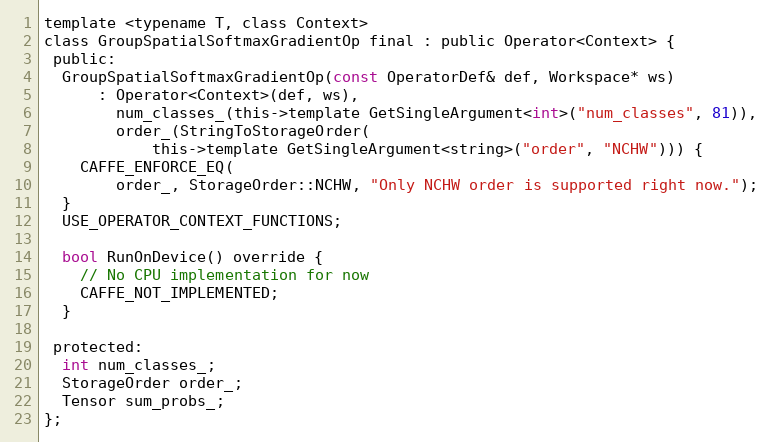
Language: C
template <typename T, class Context>
class GroupSpatialSoftmaxGradientOp final : public Operator<Context> {
 public:
  GroupSpatialSoftmaxGradientOp(const OperatorDef& def, Workspace* ws)
      : Operator<Context>(def, ws),
        num_classes_(this->template GetSingleArgument<int>("num_classes", 81)),
        order_(StringToStorageOrder(
            this->template GetSingleArgument<string>("order", "NCHW"))) {
    CAFFE_ENFORCE_EQ(
        order_, StorageOrder::NCHW, "Only NCHW order is supported right now.");
  }
  USE_OPERATOR_CONTEXT_FUNCTIONS;

  bool RunOnDevice() override {
    // No CPU implementation for now
    CAFFE_NOT_IMPLEMENTED;
  }

 protected:
  int num_classes_;
  StorageOrder order_;
  Tensor sum_probs_;
};